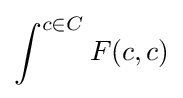
\int ^{c\in C}F(c,c)